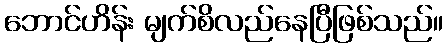
ဘောင်ဟိန်း မျက်စိလည်နေပြီဖြစ်သည်။